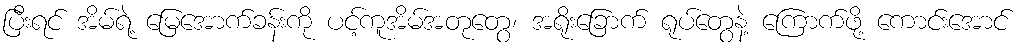
ပြီးရင် အိမ်ရဲ့ မြေအောက်ခန်းကို ပင့်ကူအိမ်အတုတွေ၊ အရိုးခြောက် ရုပ်တွေနဲ့ ကြောက်ဖို့ ကောင်းအောင်